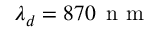
\lambda _ { d } = 8 7 0 \, \mathrm { ~ n ~ m ~ }